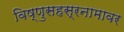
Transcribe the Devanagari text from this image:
विष्णुसहस्रनामावर